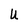
Character: U